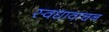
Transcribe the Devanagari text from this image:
स्वधावाचन